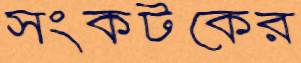
সংকটকের